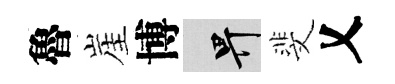
魯崖博畀斐乂